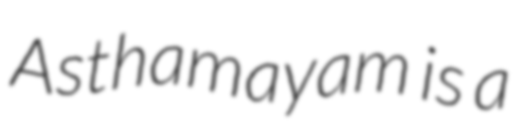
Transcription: Asthamayam is a